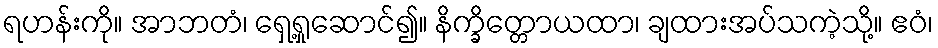
ရဟန်းကို။ အာဘတံ၊ ရှေ့ရှုဆောင်၍။ နိက္ခိတ္တောယထာ၊ ချထားအပ်သကဲ့သို့။ ဧဝံ၊